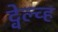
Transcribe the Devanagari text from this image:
ट्वेल्व्ह